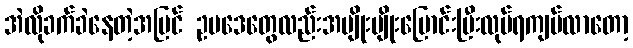
အဲလိုခက်ခဲနေတဲ့အပြင် ဥပဒေတွေလည်းအမျိုးမျိုးပြောင်းပြီးလုပ်ရကျပ်လာတော့